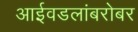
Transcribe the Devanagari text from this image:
आईवडलांबरोबर